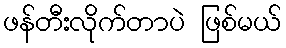
ဖန်တီးလိုက်တာပဲ ဖြစ်မယ်